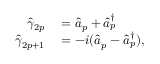
\begin{array} { r l } { \hat { \gamma } _ { 2 p } } & { { } = \hat { a } _ { p } + \hat { a } _ { p } ^ { \dagger } } \\ { \hat { \gamma } _ { 2 p + 1 } } & { { } = - i ( \hat { a } _ { p } - \hat { a } _ { p } ^ { \dagger } ) , } \end{array}